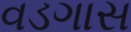
વડગાસ